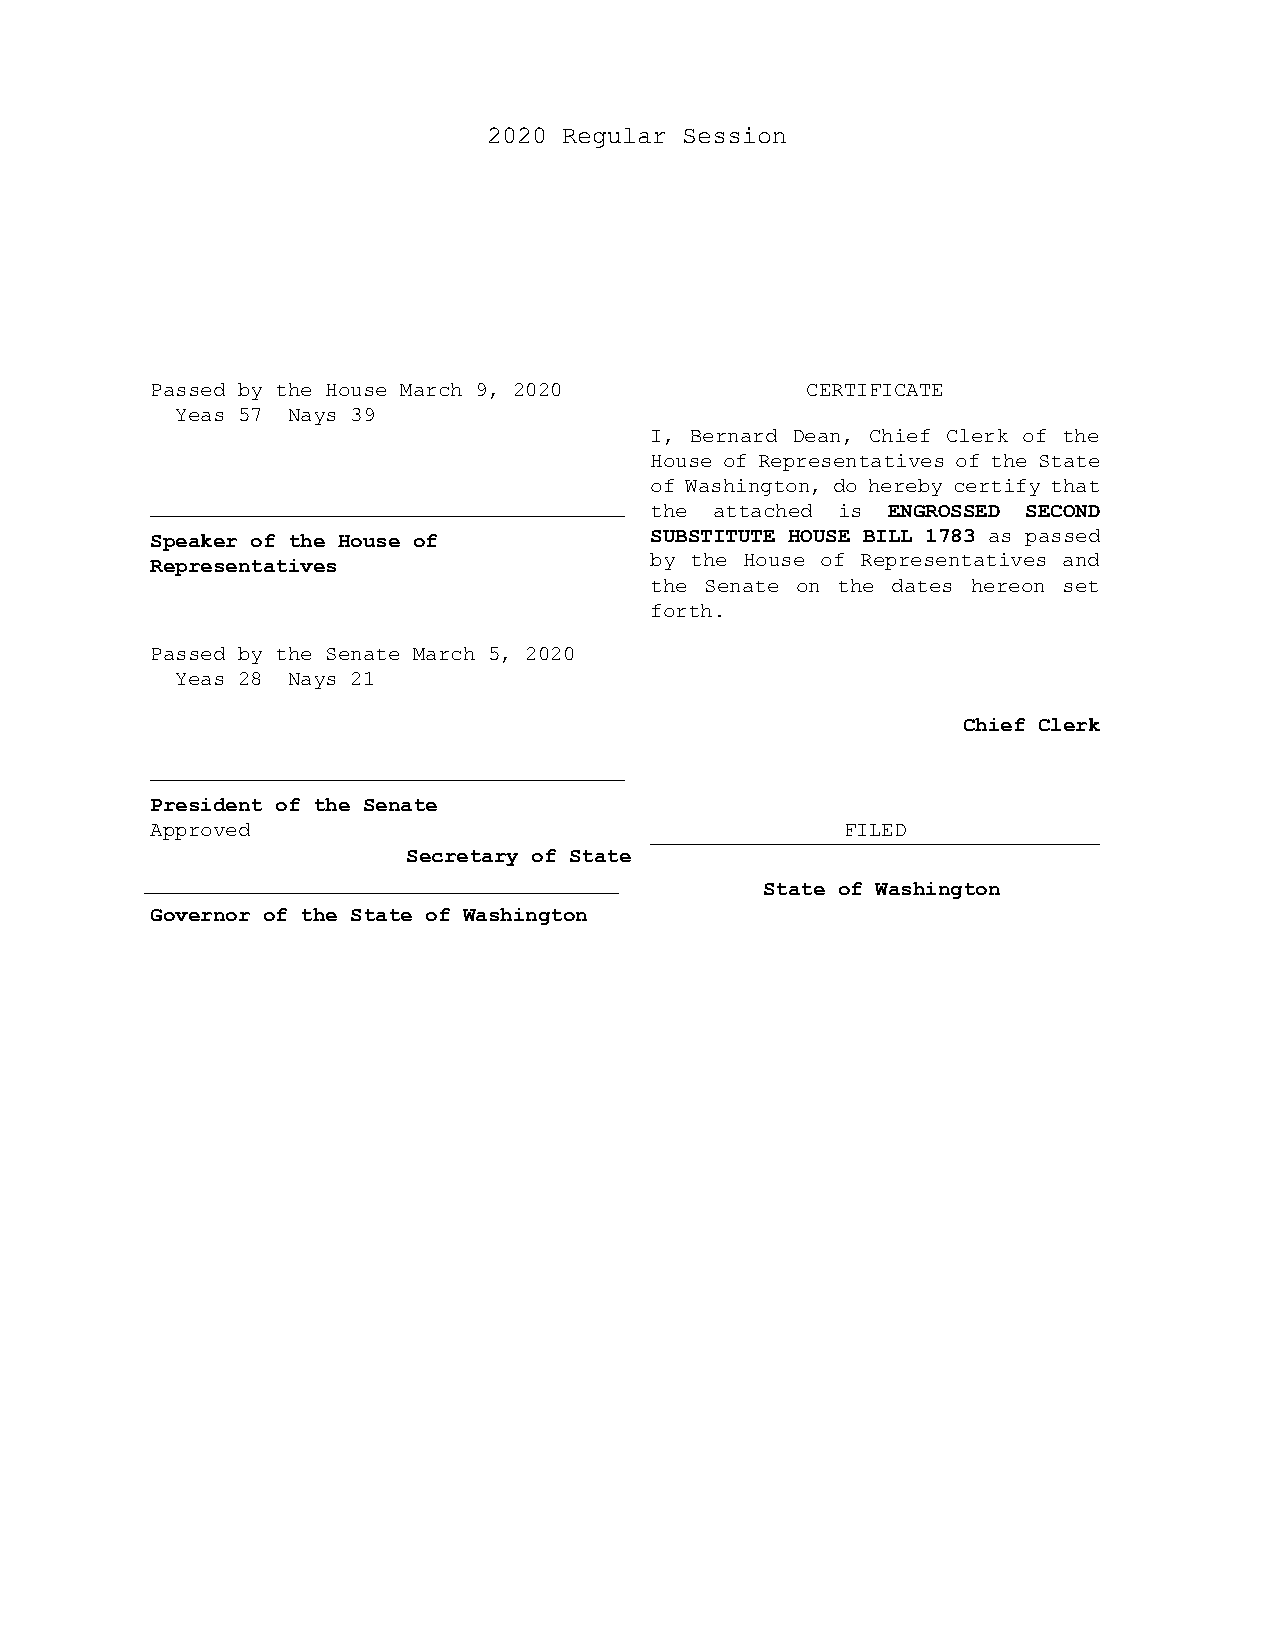
2020 Regular Session
 Passed by the House March 9, 2020          CERTIFICATE
 Yeas 57 Nays 39
 I, Bernard Dean, Chief Clerk of the
 House of Representatives of the State
 of Washington, do hereby certify that
 the attached is ENGROSSED SECOND
 Speaker of the House of          SUBSTITUTE HOUSE BILL 1783 as passed
 Representatives                  by the House of Representatives and
 the Senate on the dates hereon set
 forth.
 Passed by the Senate March 5, 2020
 Yeas 28 Nays 21
 Chief Clerk
 President of the Senate
 Approved                                      FILED
 Secretary of State
 State of Washington
 Governor of the State of Washington